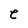
Character: e